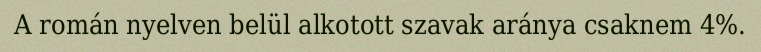
A román nyelven belül alkotott szavak aránya csaknem 4%.